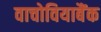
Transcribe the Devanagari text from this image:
वाचोवियाबैंक